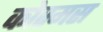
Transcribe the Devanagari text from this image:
कोस्मस